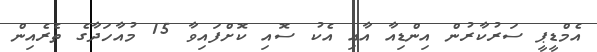
އެމްޑީޕީ ސަރުކާރުން އިންޑިއާ އާއި އެކު ސޮއި ކޮށްފައިވާ 15 މުއާހަދާގެ ތެރެއިން